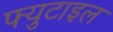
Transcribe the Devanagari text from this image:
फ्युटाइल